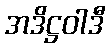
အဒိဋ္ဌဝါဒီ